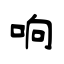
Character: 响